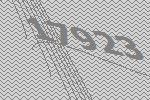
17923